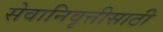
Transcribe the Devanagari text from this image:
सेवानिवृत्तीसाठी